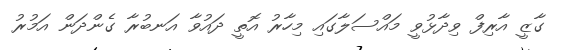
ގާޒީ އާރިފް ވިދާޅުވީ މައްސަލާގައި މިހާރު އޮތީ ދައުވާ އަނބުރާ ގެންދަން އަމުރު